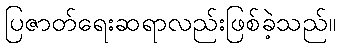
ပြဇာတ်ရေးဆရာလည်းဖြစ်ခဲ့သည်။